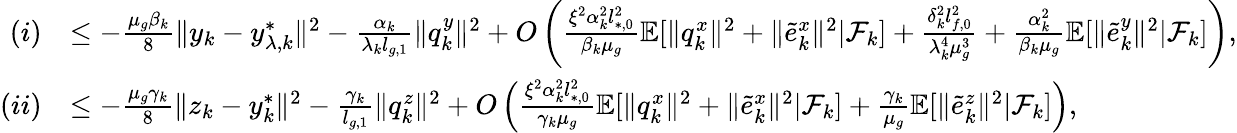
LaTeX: \begin{array}{rl}{(i)}&{\le-\frac{\mu_{g}\beta_{k}}{8}\| y_{k}-y_{\lambda,k}^{*}\| ^{2}-\frac{\alpha_{k}}{\lambda_{k}l_{g,1}}\| q_{k}^{y}\| ^{2}+O\left(\frac{\xi^{2}\alpha_{k}^{2}l_{*,0}^{2}}{\beta_{k}\mu_{g}}\mathbb{E}[\| q_{k}^{x}\| ^{2}+\| \tilde{e}_{k}^{x}\| ^{2}|\mathcal{F}_{k}]+\frac{\delta_{k}^{2}l_{f,0}^{2}}{\lambda_{k}^{4}\mu_{g}^{3}}+\frac{\alpha_{k}^{2}}{\beta_{k}\mu_{g}}\mathbb{E}[\| \tilde{e}_{k}^{y}\| ^{2}|\mathcal{F}_{k}]\right),}\\ {(ii)}&{\le-\frac{\mu_{g}\gamma_{k}}{8}\| z_{k}-y_{k}^{*}\| ^{2}-\frac{\gamma_{k}}{l_{g,1}}\| q_{k}^{z}\| ^{2}+O\left(\frac{\xi^{2}\alpha_{k}^{2}l_{*,0}^{2}}{\gamma_{k}\mu_{g}}\mathbb{E}[\| q_{k}^{x}\| ^{2}+\| \tilde{e}_{k}^{x}\| ^{2}|\mathcal{F}_{k}]+\frac{\gamma_{k}}{\mu_{g}}\mathbb{E}[\| \tilde{e}_{k}^{z}\| ^{2}|\mathcal{F}_{k}]\right),}\end{array}